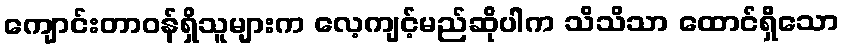
ကျောင်းတာဝန်ရှိသူများက လေ့ကျင့်မည်ဆိုပါက သိသိသာ ထောင်ရှိသော